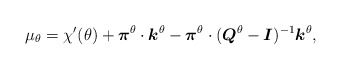
\begin{align*}\mu_\theta = \chi'(\theta) + \boldsymbol{\pi}^\theta\cdot\boldsymbol{k}^\theta - \boldsymbol{\pi}^\theta\cdot (\boldsymbol{Q}^\theta- \boldsymbol{I})^{-1}\boldsymbol{k}^\theta,\end{align*}